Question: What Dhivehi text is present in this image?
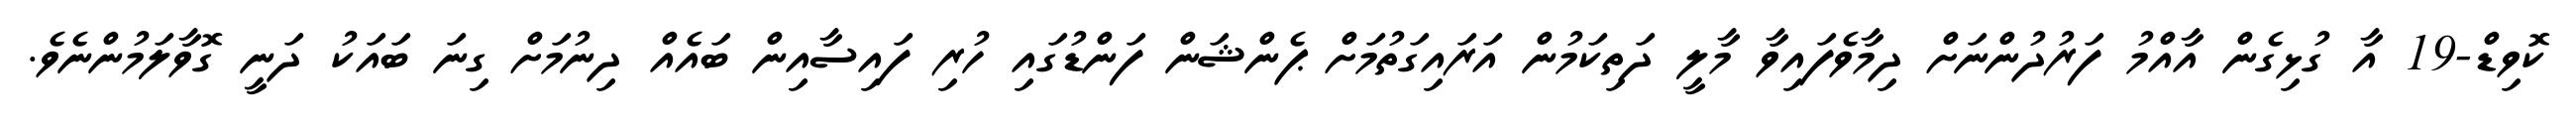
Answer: ކޮވިޑް-19 އާ ގުޅިގެން އާއްމު ފަރުދުންނަށް ދިމާވެފައިވާ މާލީ ދަތިކަމުން އަރައިގަތުމަށް ޕެންޝަން ފަންޑުގައި ހުރި ފައިސާއިން ބައެއް ދިނުމަށް ގިނަ ބައަކު ދަނީ ގޮވާލަމުންނެވެ.